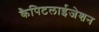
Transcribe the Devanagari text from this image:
कैपिटलाईजेशन